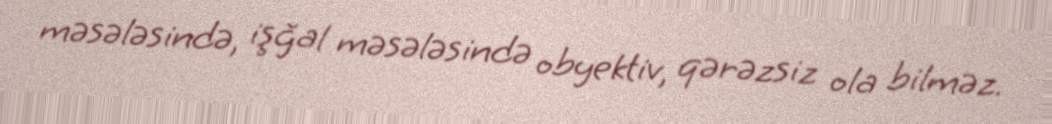
məsələsində, işğal məsələsində obyektiv, qərəzsiz ola bilməz.